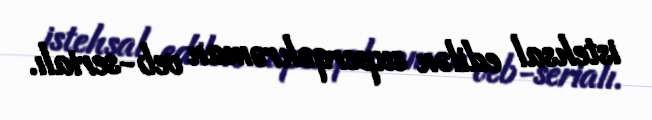
istehsal edilən superqəhrəman veb-serialı.